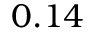
0 . 1 4